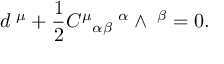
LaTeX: d { \bf \tau } ^ { \mu } + \frac { 1 } { 2 } { C ^ { \mu } } _ { \alpha \beta } { \bf \tau } ^ { \alpha } \wedge { \bf \tau } ^ { \beta } = 0 .